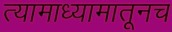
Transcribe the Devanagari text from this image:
त्यामाध्यामातूनच